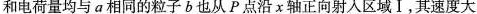
和电荷量均与a相同的粒子b也从P点沿χ轴正向射入区域Ⅰ，其速度大